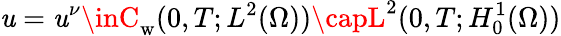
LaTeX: \mathit{u}=\mathit{u}^{\nu}\inC_{\mathrm{w}}(0,T;L^{2}(\Omega))\capL^{2}(0,T;H_{0}^{1}(\Omega))